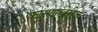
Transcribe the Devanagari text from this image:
कारणाखेरीज